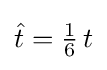
{\hat {t}}={\tfrac {1}{6}}\,t